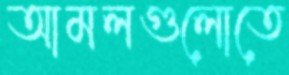
আমলগুলোতে